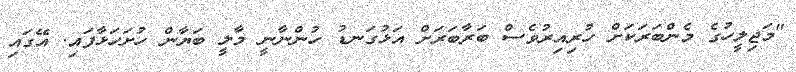
"މަޖިލީހުގެ މެންބަރަކަށް ހުރިއިރުވެސް ބަރާބަރަށް އަޅުގަނޑު ހުންނާނީ މާލީ ބަޔާން ހުށަހަޅާފައި. އޭގައި